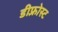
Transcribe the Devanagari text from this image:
डीफ़्रोस्ट